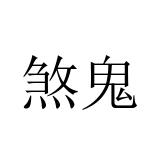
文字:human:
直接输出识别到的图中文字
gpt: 煞鬼